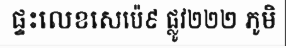
ផ្ទះលេខសេប៉េ៩ ផ្លូវ២២២ ភូមិ